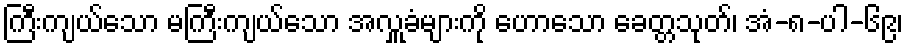
ကြီးကျယ်သော မကြီးကျယ်သော အလှူခံများကို ဟောသော ခေတ္တသုတ်၊ အံ-၈-ပါ-၆၉၊